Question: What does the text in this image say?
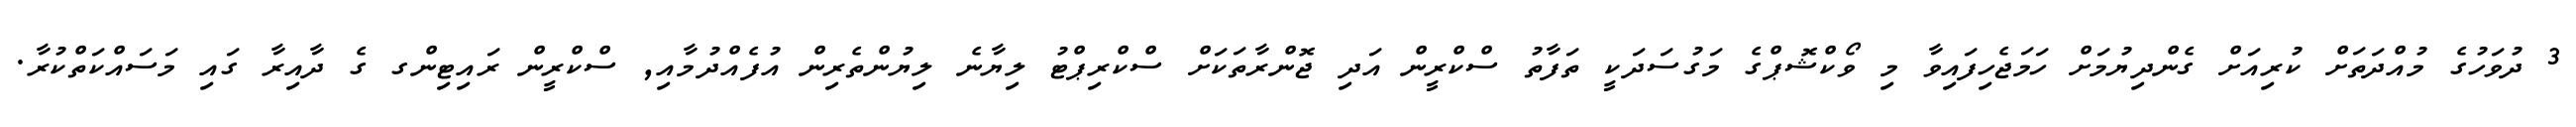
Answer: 3 ދުވަހުގެ މުއްދަތަށް ކުރިއަށް ގެންދިޔުމަށް ހަމަޖެހިފައިވާ މި ވޯކްޝޮޕްގެ މަގުސަދަކީ ތަފާތު ސްކްރީން އަދި ޖޮންރާތަކަށް ސްކްރިޕްޓު ލިޔާނެ ލިޔުންތެރިން އުފެއްދުމާއި, ސްކްރީން ރައިޓިންގ ގެ ދާއިރާ ގައި މަސައްކަތްކުރާ.